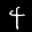
Label: 4